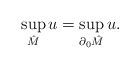
LaTeX: \begin{align*}\sup_{\hat{M}}u=\sup_{\partial_{0}\hat{M}}u.\end{align*}